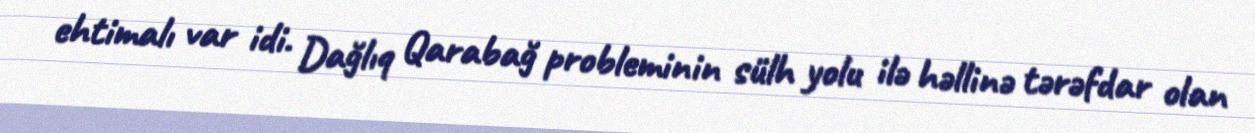
ehtimalı var idi. Dağlıq Qarabağ probleminin sülh yolu ilə həllinə tərəfdar olan